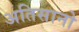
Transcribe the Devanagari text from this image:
अतिसानो